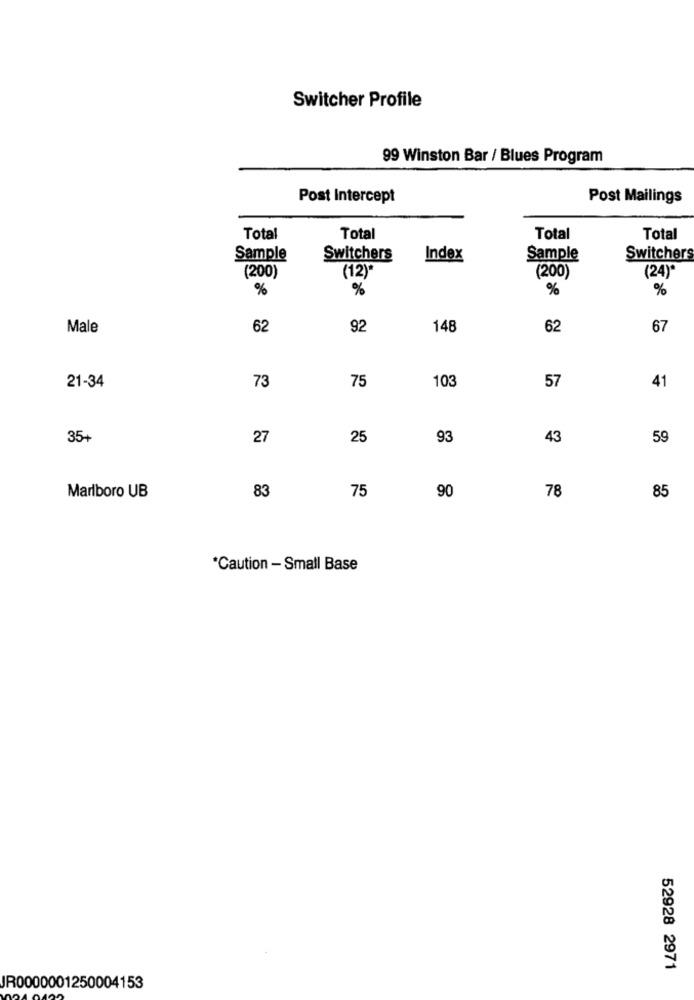
Switcher Profile
99 Winston Bar / Blues Program
Post Intercept
Post Mailings
Total
Total
Total
Total
Sample
Switchers
Index
Sample
Switchers
(12)*
(200)
(200)
(24)*
%
%
%
%
Male
62
92
148
62
67
73
75
57
21-34
103
41
35+
27
25
93
43
59
78
Marlboro UB
83
75
90
85
*Caution - Small Base
52928 2971
JR0000001250004153